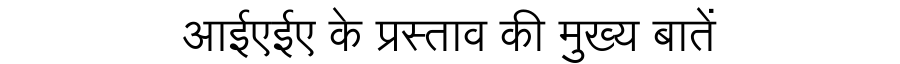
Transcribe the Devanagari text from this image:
आईएईए के प्रस्ताव की मुख्य बातें